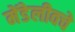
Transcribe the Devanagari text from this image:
मेंडेलीवचे